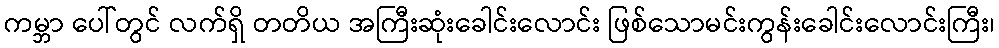
ကမ္ဘာ ပေါ်တွင် လက်ရှိ တတိယ အကြီးဆုံးခေါင်းလောင်း ဖြစ်သောမင်းကွန်းခေါင်းလောင်းကြီး၊